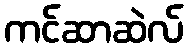
ကင်ဆာဆဲလ်